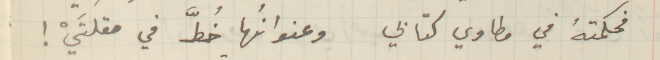
فحكمتهُ في مطاوي كتابي وعنوانُها خُطَّ في مقلتَيْ!